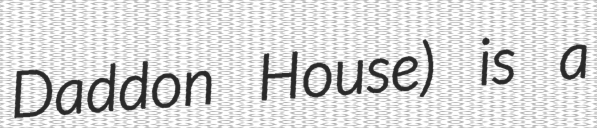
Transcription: Daddon House) is a